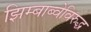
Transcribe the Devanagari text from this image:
झिम्बाब्वेविरुद्ध